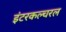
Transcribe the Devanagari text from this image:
इंटरकल्चरल